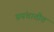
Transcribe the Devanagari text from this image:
प्रपंचातीत